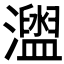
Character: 𤃗